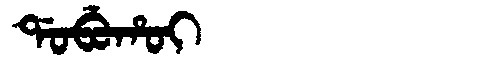
Manchu: ᡩᠣᠪᡠᡥᠣᡳ
Romanization: DOBUHOI